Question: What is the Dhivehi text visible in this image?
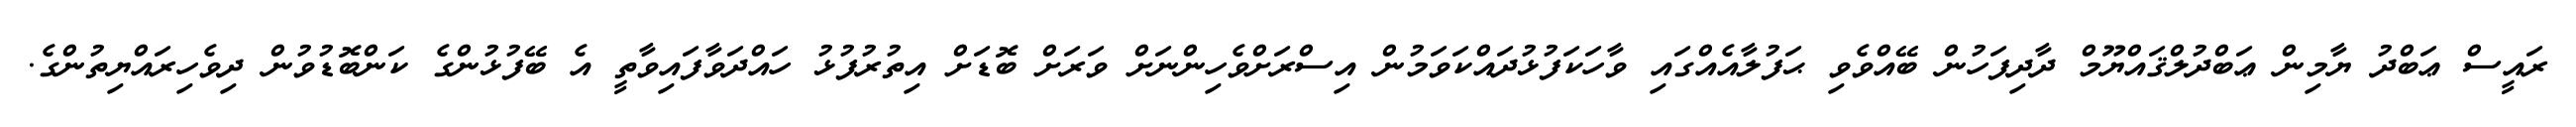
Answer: ރައީސް ޢަބްދު ޔާމިން ޢަބްދުލްޤައްޔޫމް ދާދިފަހުން ބޭއްވެވި ޙަފުލާއެއްގައި ވާހަކަފުޅުދައްކަވަމުން އިސްރަށްވެހިންނަށް ވަރަށް ބޮޑަށް އިތުރުފުޅު ހައްދަވާފައިވާތީ އެ ބޭފުޅުންގެ ކަންބޮޑުވުން ދިވެހިރައްޔިތުންގެ.